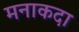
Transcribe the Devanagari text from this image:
मनाकदा